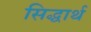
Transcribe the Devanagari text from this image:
सिद्धार्थ